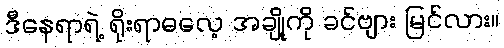
ဒီနေရာရဲ့ ရိုးရာဓလေ့ အချို့ကို ခင်ဗျား မြင်လား။